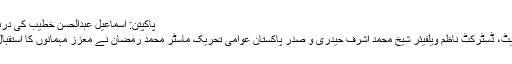
پاکپتن: اسماعیل عبدالحسن خطیب کی دربار بابا فرید گنج شکر حاضری - تحریک منہاج القرآن
منہاج القرآن پاکپتن کے ناظم محمد عقیل شہباز ایڈووکیٹ، ڈسٹرکٹ ناظم ویلفیئر شیخ محمد اشرف حیدری و صدر پاکستان عوامی تحریک ماسٹر محمد رمضان نے معزز مہمانوں کا استقبال کیا اور درگاہ بابا فرید آمد پر ان کی دستار بندی کی۔